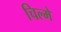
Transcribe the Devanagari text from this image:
चिल्मे